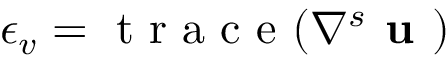
\epsilon _ { v } = \mathrm { ~ t ~ r ~ a ~ c ~ e ~ } ( \nabla ^ { s } \textbf { u } )